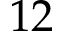
1 2